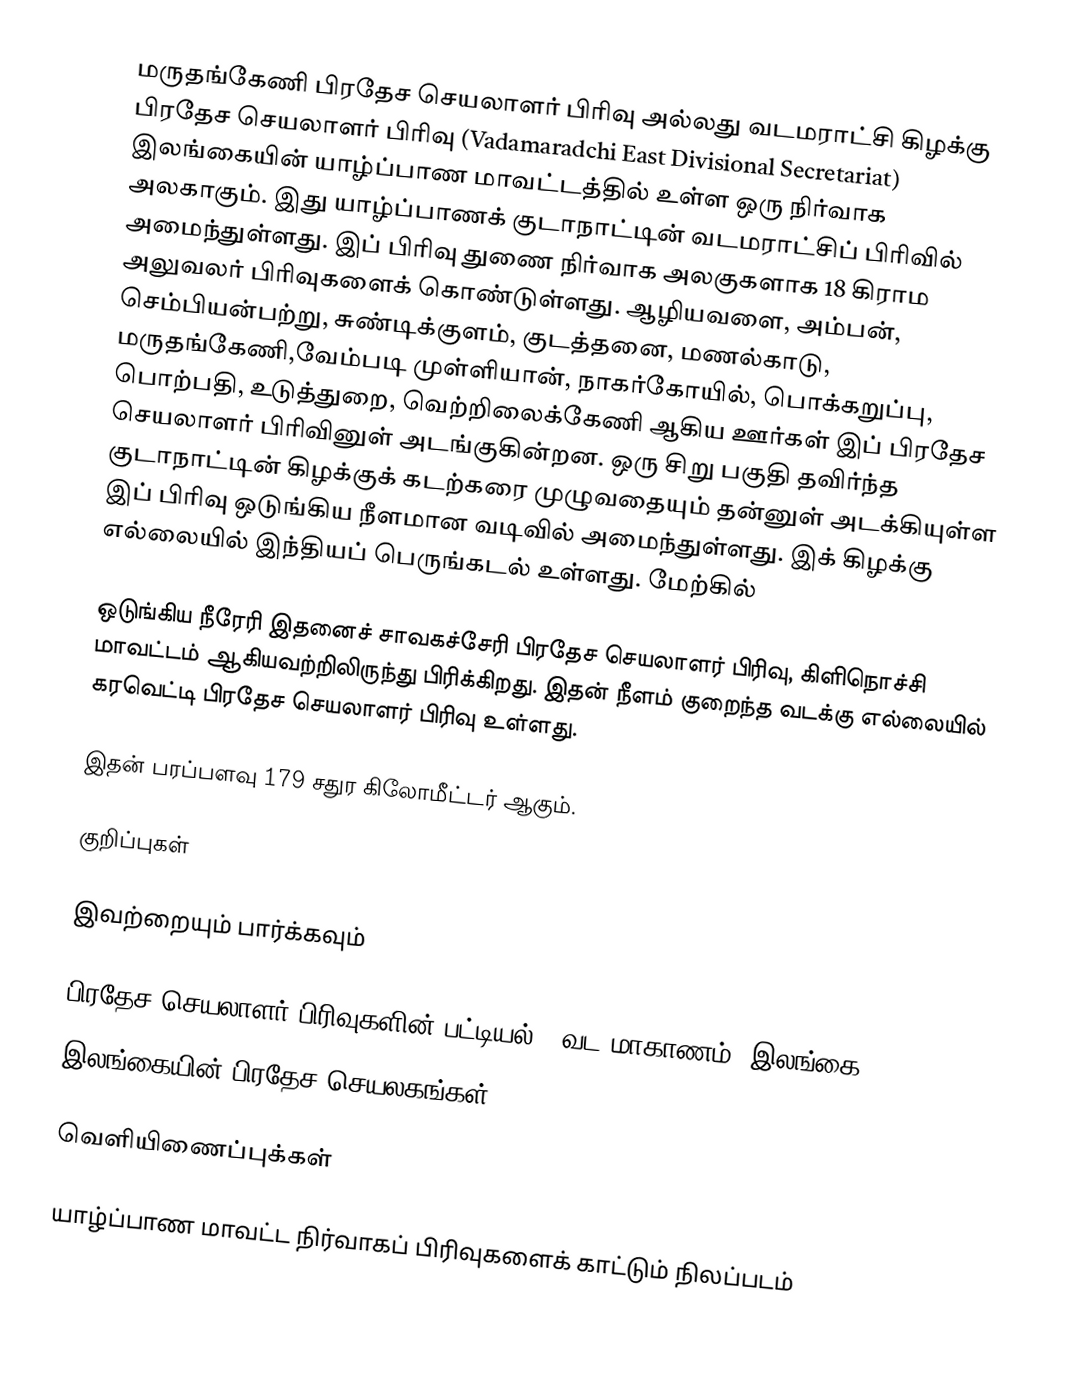
மருதங்கேணி பிரதேச செயலாளர் பிரிவு அல்லது வடமராட்சி கிழக்கு பிரதேச செயலாளர் பிரிவு (Vadamaradchi East Divisional Secretariat) இலங்கையின் யாழ்ப்பாண மாவட்டத்தில் உள்ள ஒரு நிர்வாக அலகாகும். இது யாழ்ப்பாணக் குடாநாட்டின் வடமராட்சிப் பிரிவில் அமைந்துள்ளது. இப் பிரிவு துணை நிர்வாக அலகுகளாக 18 கிராம அலுவலர் பிரிவுகளைக் கொண்டுள்ளது. ஆழியவளை, அம்பன், செம்பியன்பற்று, சுண்டிக்குளம், குடத்தனை, மணல்காடு, மருதங்கேணி,வேம்படி முள்ளியான், நாகர்கோயில், பொக்கறுப்பு, பொற்பதி, உடுத்துறை, வெற்றிலைக்கேணி ஆகிய ஊர்கள் இப் பிரதேச செயலாளர் பிரிவினுள் அடங்குகின்றன. ஒரு சிறு பகுதி தவிர்ந்த குடாநாட்டின் கிழக்குக் கடற்கரை முழுவதையும் தன்னுள் அடக்கியுள்ள இப் பிரிவு ஒடுங்கிய நீளமான வடிவில் அமைந்துள்ளது. இக் கிழக்கு எல்லையில் இந்தியப் பெருங்கடல் உள்ளது. மேற்கில்

ஒடுங்கிய நீரேரி இதனைச் சாவகச்சேரி பிரதேச செயலாளர் பிரிவு, கிளிநொச்சி மாவட்டம் ஆகியவற்றிலிருந்து பிரிக்கிறது. இதன் நீளம் குறைந்த வடக்கு எல்லையில் கரவெட்டி பிரதேச செயலாளர் பிரிவு உள்ளது.

இதன் பரப்பளவு 179 சதுர கிலோமீட்டர் ஆகும்.

குறிப்புகள்

இவற்றையும் பார்க்கவும்

 பிரதேச செயலாளர் பிரிவுகளின் பட்டியல் - வட மாகாணம், இலங்கை
 இலங்கையின் பிரதேச செயலகங்கள்

வெளியிணைப்புக்கள்

 யாழ்ப்பாண மாவட்ட நிர்வாகப் பிரிவுகளைக் காட்டும் நிலப்படம்